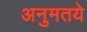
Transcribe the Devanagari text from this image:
अनुमतये